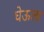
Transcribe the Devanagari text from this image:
घेऊला